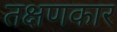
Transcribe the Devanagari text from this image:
तक्षणकार